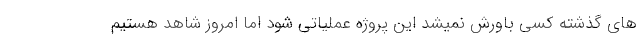
های گذشته کسی باورش نمیشد این پروژه عملیاتی شود اما امروز شاهد هستیم